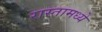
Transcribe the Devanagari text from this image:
रास्तामध्ये